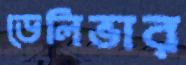
ডেলিভার